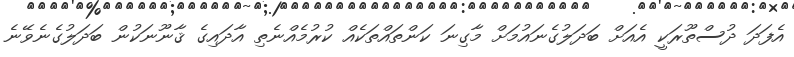
އެފަދަ ދުސްތޫރަކީ އެއަށް ބަދަލުގެނައުމަށް މާގިނަ ކަންތައްތަކެއް ކުރުމެއްނެތި އާދައިގެ ޤާނޫނަކުން ބަދަލުގެނެވޭނެ